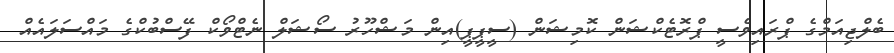
ބެލްޖިއަމްގެ ޕްރައިވެސީ ޕްރޮޓެކްޝަން ކޮމިޝަން (ސީޕީޕީ)އިން މަޝްހޫރު ސޯޝަލް ނެޓްވޯކް ފޭސްބުކްގެ މައްސަލައެއް